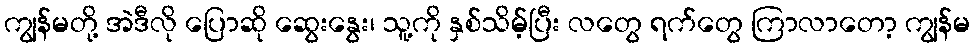
ကျွန်မတို့ အဲဒီလို ပြောဆို ဆွေးနွေး၊ သူ့ကို နှစ်သိမ့်ပြီး လတွေ ရက်တွေ ကြာလာတော့ ကျွန်မ